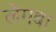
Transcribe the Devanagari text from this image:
लेगबा